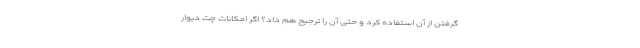
گرفتن از آن استفاده کرد و حتی آن را ترجیح هم داد؟ اگر امکانات چت دیوار